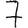
Digit: 7